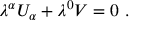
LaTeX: \lambda ^ { \alpha } U _ { \alpha } + \lambda ^ { 0 } V = 0 \ .